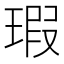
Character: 瑕